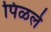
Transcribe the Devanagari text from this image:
पिळले